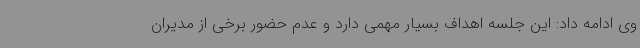
وی ادامه داد: این جلسه اهداف بسیار مهمی دارد و عدم حضور برخی از مدیران